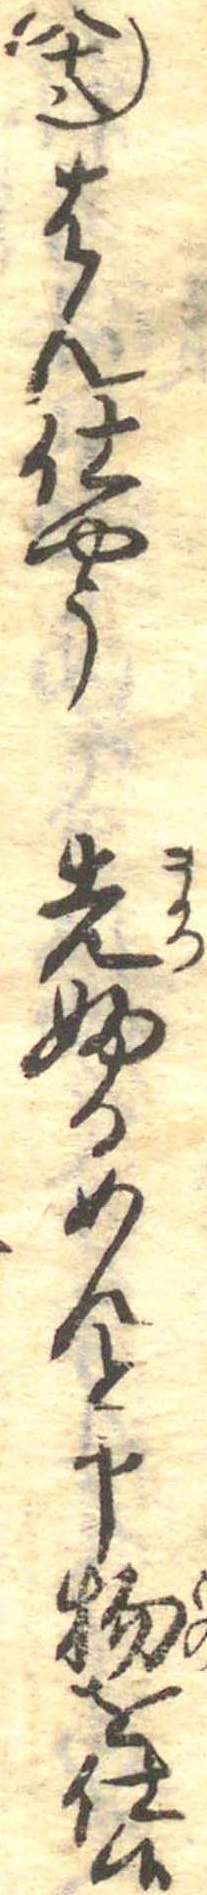
八十八はん仕やう先ふるめんと申物を仕候